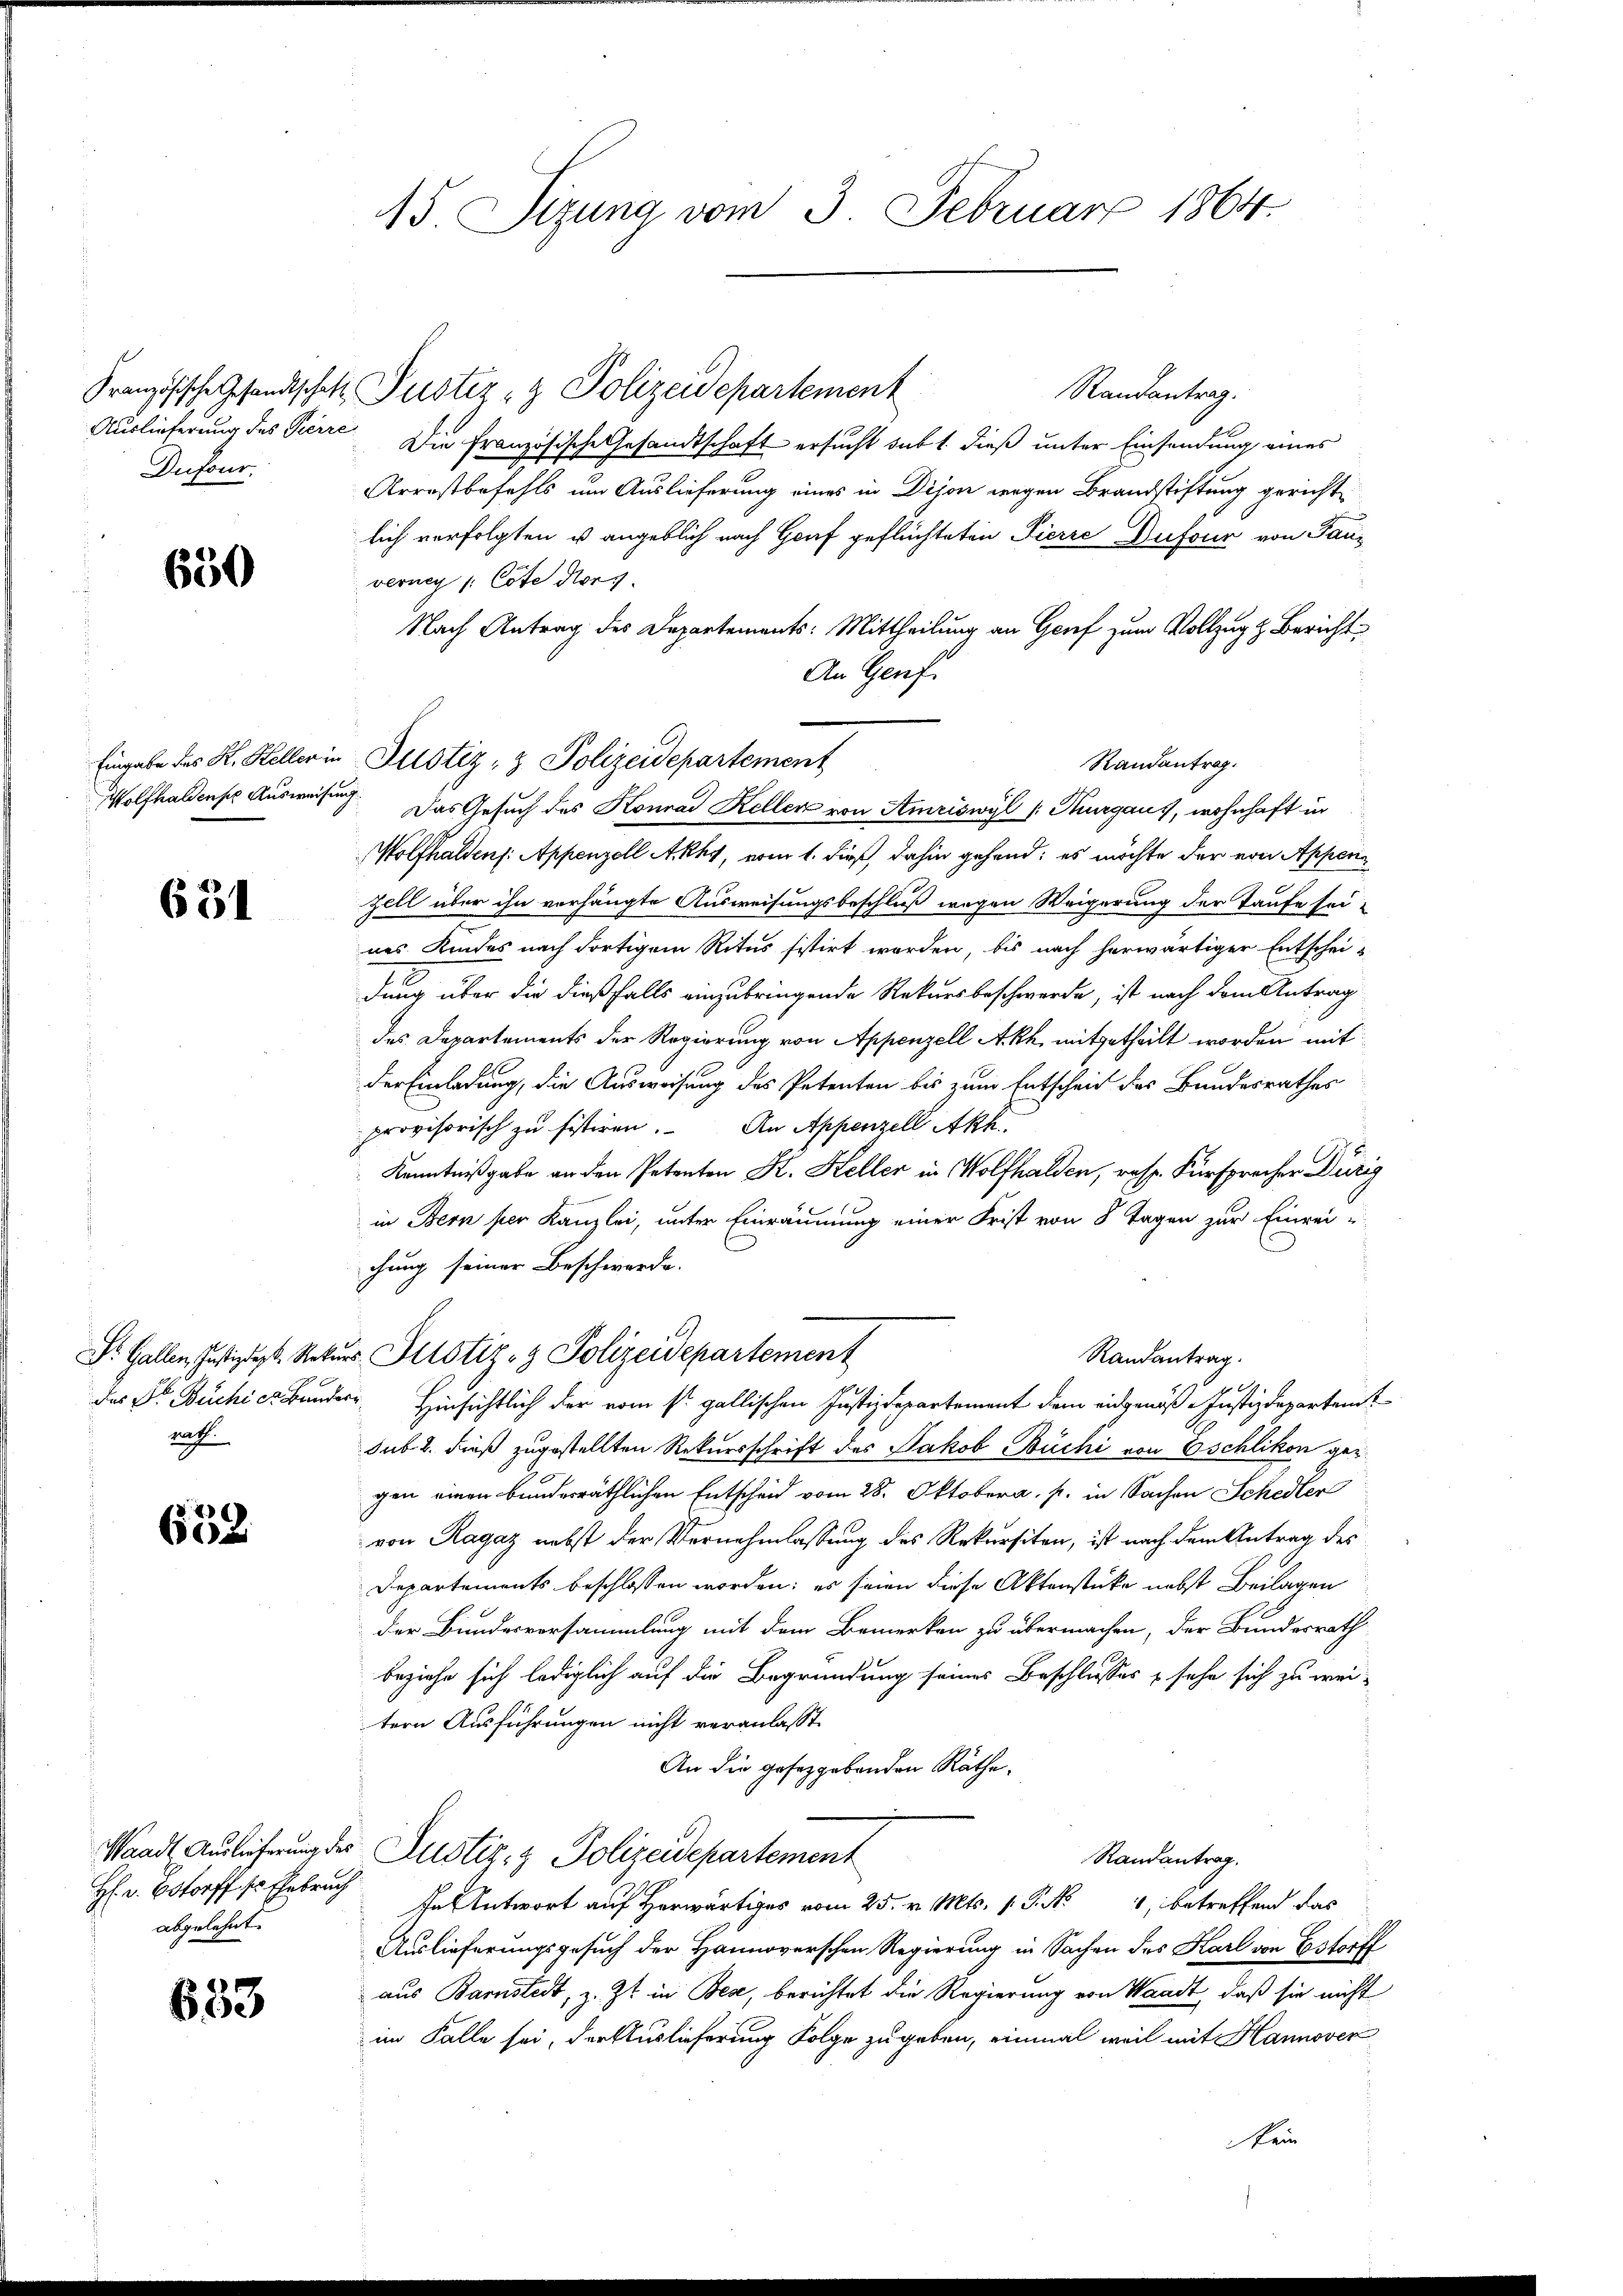
Auslieferung des Pierre
Dufour.

650

Eingabe des K. Keller in
Wolfhaldens Ausweisen

631

Dr. Gallen, Justizdepk. Rekur
das Dr. Beichier Bund
nach

2)
60

Waadt, Auslieferung des
H: v. 6storff so Ehebruch
abgelehnt.

633

15. Sizung vom 3. Februar 1864.

Französische Gesandtschaft Pustiz- & Polizeidepartement

Randantrag.
Die Französische Gesandtschaft ersucht sub 1. dieß unter Einsendung eines
Arrostbefehls um Auslieferung eines in Dijon wegen Brandstiftung gerichtlich verfolgten u angeblich nach Graf geflüchteten Pierre Dufour von Tanz
verney /: Cote der
Nach Antrag des Departements: Mittheilung an Grief zum Vollzug z. Bericht
An Genf.
Randantrag.
I. Das Gesuch des Konrad Keller von Amriswyl (Thurgaus, wohnhaft in
Wolfhaltens: Appenzell Akky, vom 1. dieß, dahin gehand; es möchte der von Appenzell über ihn vorhängte Ausweisungsbeschluß wegen Weigerung der Taufe seines Kindes nach dortigem Ritus sistirt worden, bis nach herwärtiger Entschei-
dung über die dießfalls einzubringende Rekursbeschwerde, ist nach dem Antrag
des Departements der Regierung von Appenzell Akh mitgetheilt worden mit
der Einladung, die Ausweisung des Petenten bis zum Entscheid des Bundesrathes
provisorisch zu sistiren. An Appenzell Akk
Kenntnißgabe an den Petenten K. Keller in Wolfhalden, resp. Fürsprecher Dürig
in Bern per Kanzlei, unter Einräumung einer Frist von 8 Tagen zur Einreichung seiner Beschwerde.
Justiz- & Polizeidepartement
Randantrag.
u. Hinsichtlich der vom st. gallischen Justizdepartement dem eidgenöß Justizdepartamt
sub. 2. dieß zugestellten Rekursschrift des Jakob Büchi von Eschlikon gergen einen bunderräthlichen Entscheid vom 28. Oktobera, p. in Sachen Schedler
von Ragaz nebst der Vernehmlassung des Rekursiten, ist nach dem Antrag des
Departements beschlossen worden: es seien diese Aktenstücke nebst Beilagen
der Bundesversammlung mit dem Bemerken zu übermachen, der Bundesrath
beziehe sich lediglich auf die Begründung seines Beschlusses sehe sich zu wei-
tern Ausführungen nicht veranlasst.
An die gesetzgebenden Räthe.
Zustiz- & Polizeidepartement
Randantrag.
as Antwort auf Horwärtiges vom 25. v. Mts. v. P. M., betreffend das
Auslieferungsgesuch der Hannoverschen Regierung in Sachen des Karl von Estorff
aus Barnstedt, z. Zt. in Bez, berichtet die Regierung von Waadt, daß sie nicht
im Falle sei, der Auslieferung Folge zu geben, einmal weil mit Hannover
Nein

Justiz- & Polizeidepartement